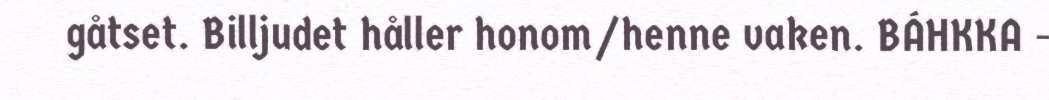
gåtset. Billjudet håller honom/henne vaken. BÁHKKA -